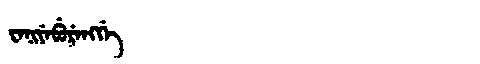
Manchu: ᠸᡝᠨᡳᠶᡝᠪᡠᡵᡝᠩᡤᡝ
Romanization: WENIYEBURENGGE